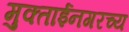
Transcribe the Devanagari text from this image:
मुक्ताईनगरच्य